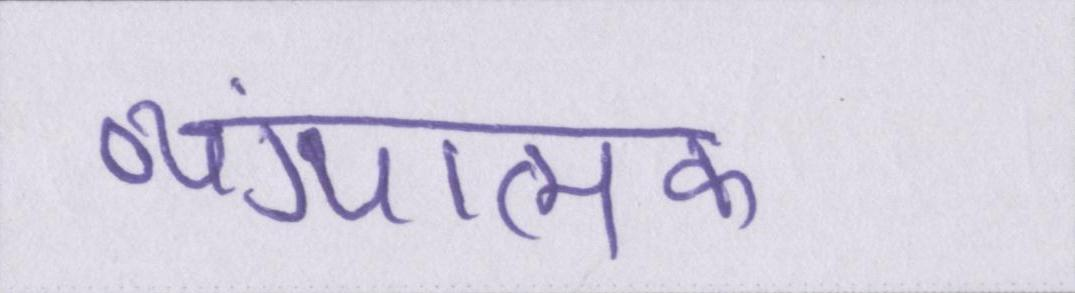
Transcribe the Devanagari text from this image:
व्यंग्यात्मक